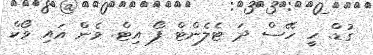
ގުޑް. ހީ ހޭސް ދަ ޓެލެންޓް ފޯ އިޓް. ވެން އައި ވޯކް